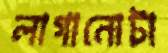
লাগানোটা